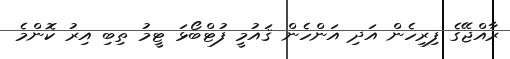
ރާއްޖޭގެ ފިރިހެން އަދި އަންހެން ޤައުމީ ފުޓްބޯޅަ ޓީމު ތިބި އިރު ކޮންމެ